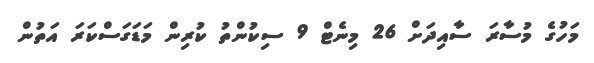
މަހުގެ މުސާރަ ސާއިދަށް 26 މިނެޓް 9 ސިކުންތު ކުރިން މަޑަގަސްކަރަ އަތުން